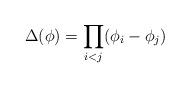
LaTeX: \begin{align*}\Delta(\phi) = \prod_{i<j} (\phi_i-\phi_j)\end{align*}